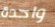
واحدة